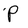
Character: P